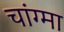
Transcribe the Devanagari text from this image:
चांग्मा